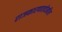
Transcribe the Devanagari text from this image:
राजकारणातदेखील